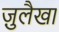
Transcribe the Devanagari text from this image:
ज़ुलैखा